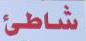
شاتئ